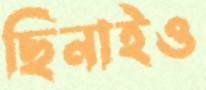
ছিনাইও